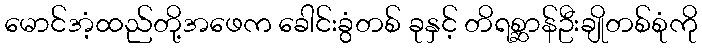
မောင်အံ့ထည်တို့အဖေက ခေါင်းခွံတစ် ခုနှင့် တိရစ္ဆာန်ဦးချိုတစ်စုံကို